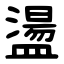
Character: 盪